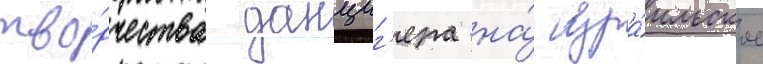
тво́рчества данциг'ера на́ изра́ильское